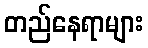
တည်နေရာများ